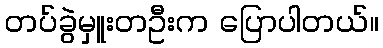
တပ်ခွဲမှူးတဦးက ပြောပါတယ်။